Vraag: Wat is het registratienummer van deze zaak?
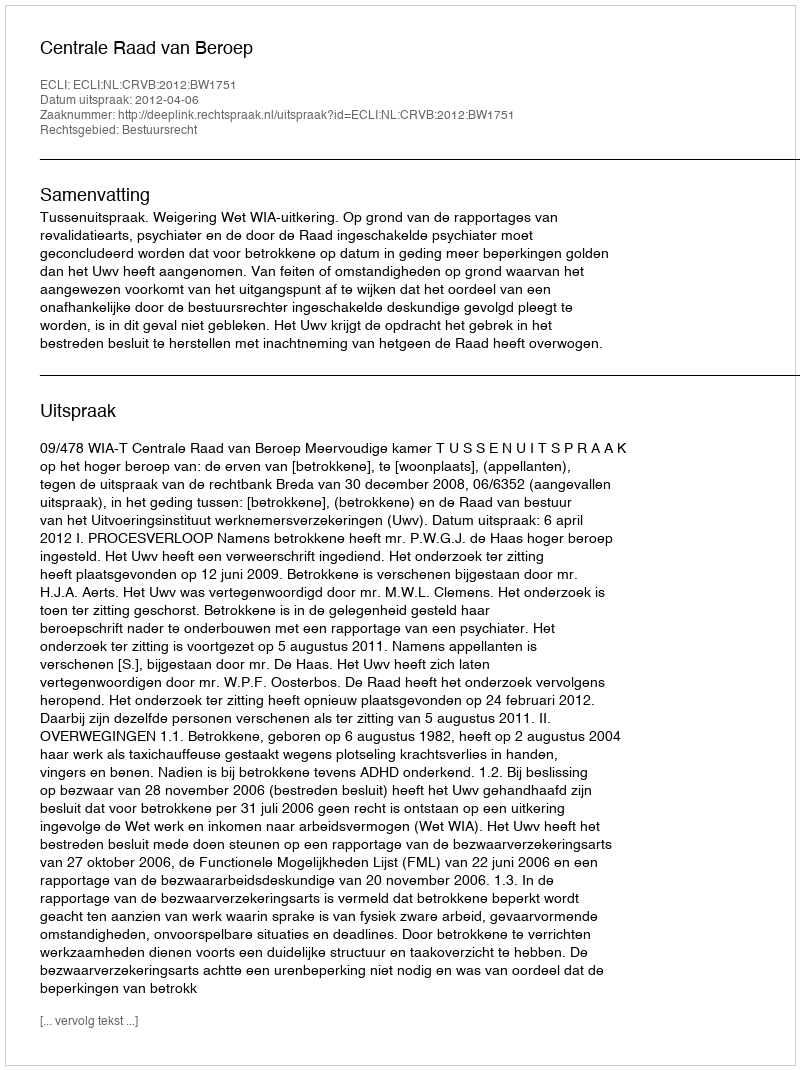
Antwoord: http://deeplink.rechtspraak.nl/uitspraak?id=ECLI:NL:CRVB:2012:BW1751